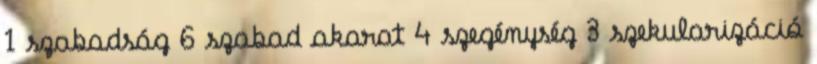
1 szabadság 6 szabad akarat 4 szegénység 3 szekularizáció